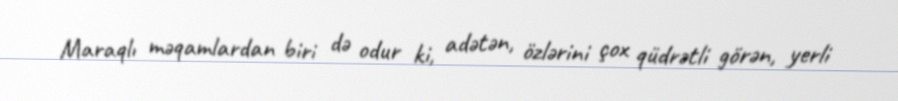
Maraqlı məqamlardan biri də odur ki, adətən, özlərini çox qüdrətli görən, yerli